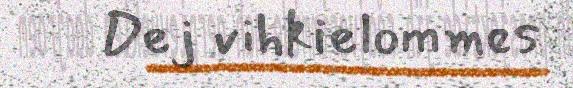
Dej vihkielommes